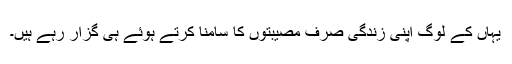
یہاں کے لوگ اپنی زندگی صرف مصیبتوں کا سامنا کرتے ہوئے ہی گزار رہے ہیں۔